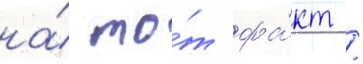
на́ то́т фа́кт /